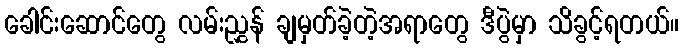
ခေါင်းဆောင်တွေ လမ်းညွှန် ချမှတ်ခဲ့တဲ့အရာတွေ ဒီပွဲမှာ သိခွင့်ရတယ်။